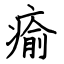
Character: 瘉